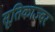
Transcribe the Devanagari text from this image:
सूतिकाज्वर